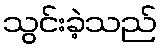
သွင်းခဲ့သည်